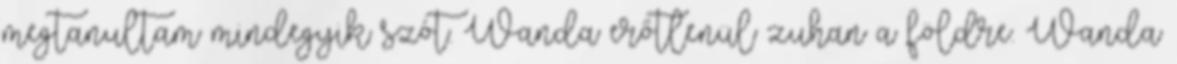
megtanultam mindegyik szót. Wanda erőtlenül zuhan a földre. Wanda